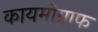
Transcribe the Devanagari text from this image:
कायमोग्राफ